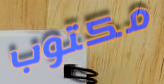
مكتوب